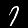
Digit: 7